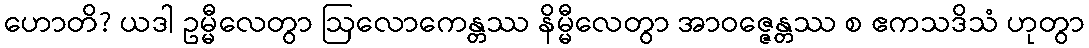
ဟောတိ? ယဒါ ဥမ္မီလေတွာ ဩလောကေန္တဿ နိမ္မီလေတွာ အာဝဇ္ဇေန္တဿ စ ဧကသဒိသံ ဟုတွာ